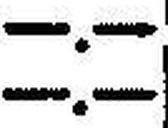
—.—